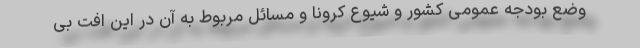
وضع بودجه عمومی کشور و شیوع کرونا و مسائل مربوط به آن در این افت بی